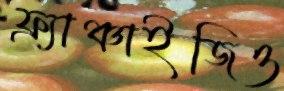
ফ্র্যাঞ্চাইজিও